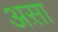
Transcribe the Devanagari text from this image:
अस़ा